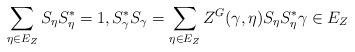
LaTeX: \begin{align*}\sum_{\eta\in E_Z} S_\eta S_\eta^* =1, S_\gamma^* S_\gamma = \sum_{\eta \in E_Z} Z^G(\gamma,\eta) S_\eta S_\eta^* \gamma \in E_Z \end{align*}